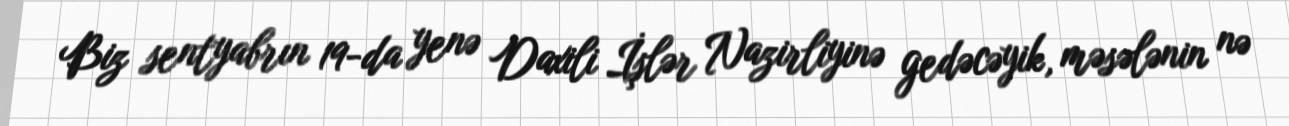
Biz sentyabrın 19-da yenə Daxili İşlər Nazirliyinə gedəcəyik, məsələnin nə